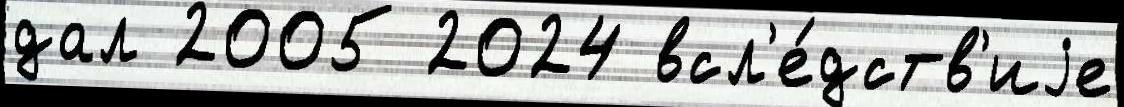
дал 2005 2024 всл'е́дств'иjе